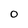
Character: 0